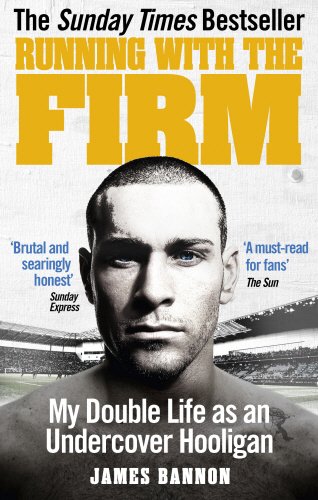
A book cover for Running with the Firm: My Double Life as an Undercover Hooligan; James Bannon; Biographies & Memoirs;